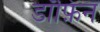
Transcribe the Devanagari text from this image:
डॉफ़िन